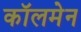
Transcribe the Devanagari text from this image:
कॉलमेन